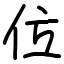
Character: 位